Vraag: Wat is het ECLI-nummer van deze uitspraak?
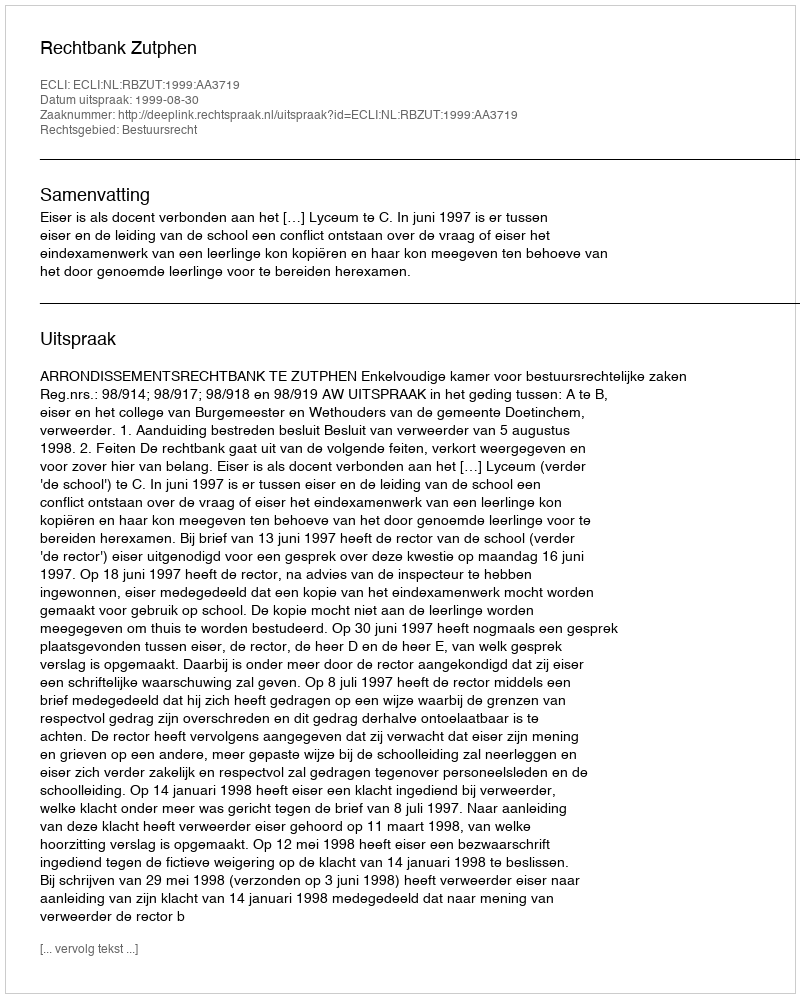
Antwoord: ECLI:NL:RBZUT:1999:AA3719